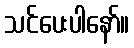
သင်ပေးပါနော်။